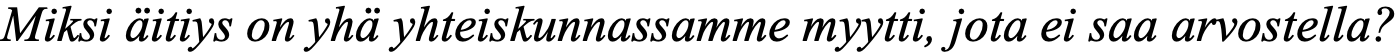
Miksi äitiys on yhä yhteiskunnassamme myytti, jota ei saa arvostella?